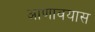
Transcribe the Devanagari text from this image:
आणावयास